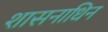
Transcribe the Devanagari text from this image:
शासनाधिन